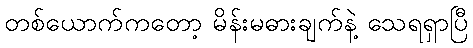
တစ်ယောက်ကတော့ မိန်းမဓားချက်နဲ့ သေရရှာပြီ